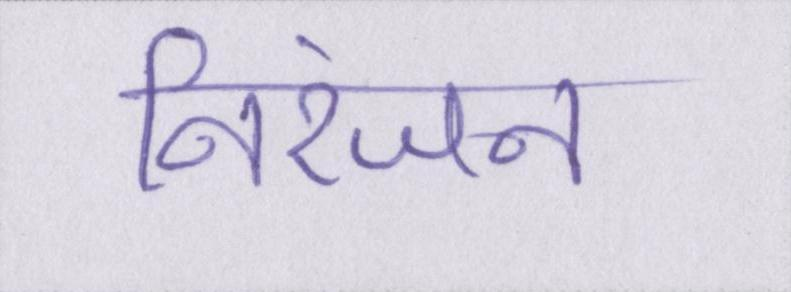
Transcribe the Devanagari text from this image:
निरंजन